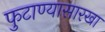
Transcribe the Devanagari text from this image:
फुटाण्यासारखा